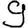
Digit: 9